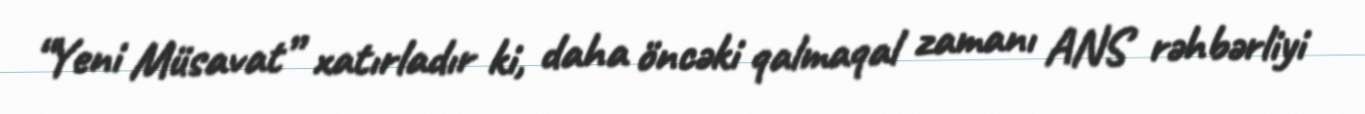
“Yeni Müsavat” xatırladır ki, daha öncəki qalmaqal zamanı ANS rəhbərliyi